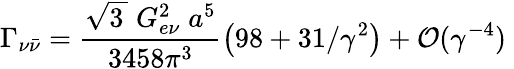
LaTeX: \Gamma_{\nu{\bar{\nu}}}=\frac{\sqrt{3\, }\; G_{e\nu}^{2}\; a^{5}}{3458\pi^{3}}\left(98+31/\gamma^{2}\right)+{\cal O}(\gamma^{-4})\;